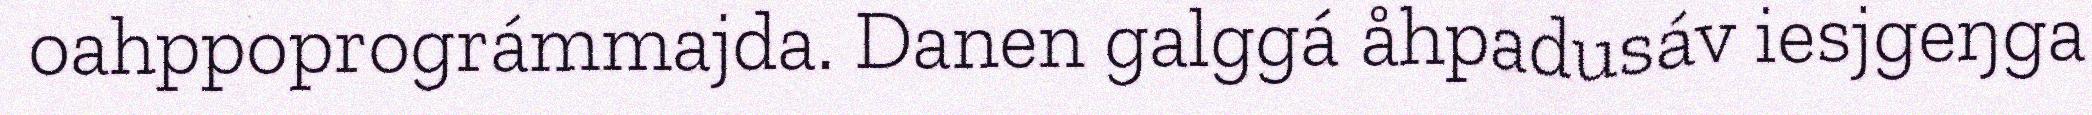
oahppoprográmmajda. Danen galggá åhpadusáv iesjgeŋga